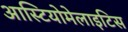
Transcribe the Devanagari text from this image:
आस्टियोमेलाइटिस